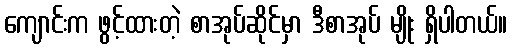
ကျောင်းက ဖွင့်ထားတဲ့ စာအုပ်ဆိုင်မှာ ဒီစာအုပ် မျိုး ရှိပါတယ်။